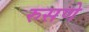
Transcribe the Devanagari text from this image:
रुसणे